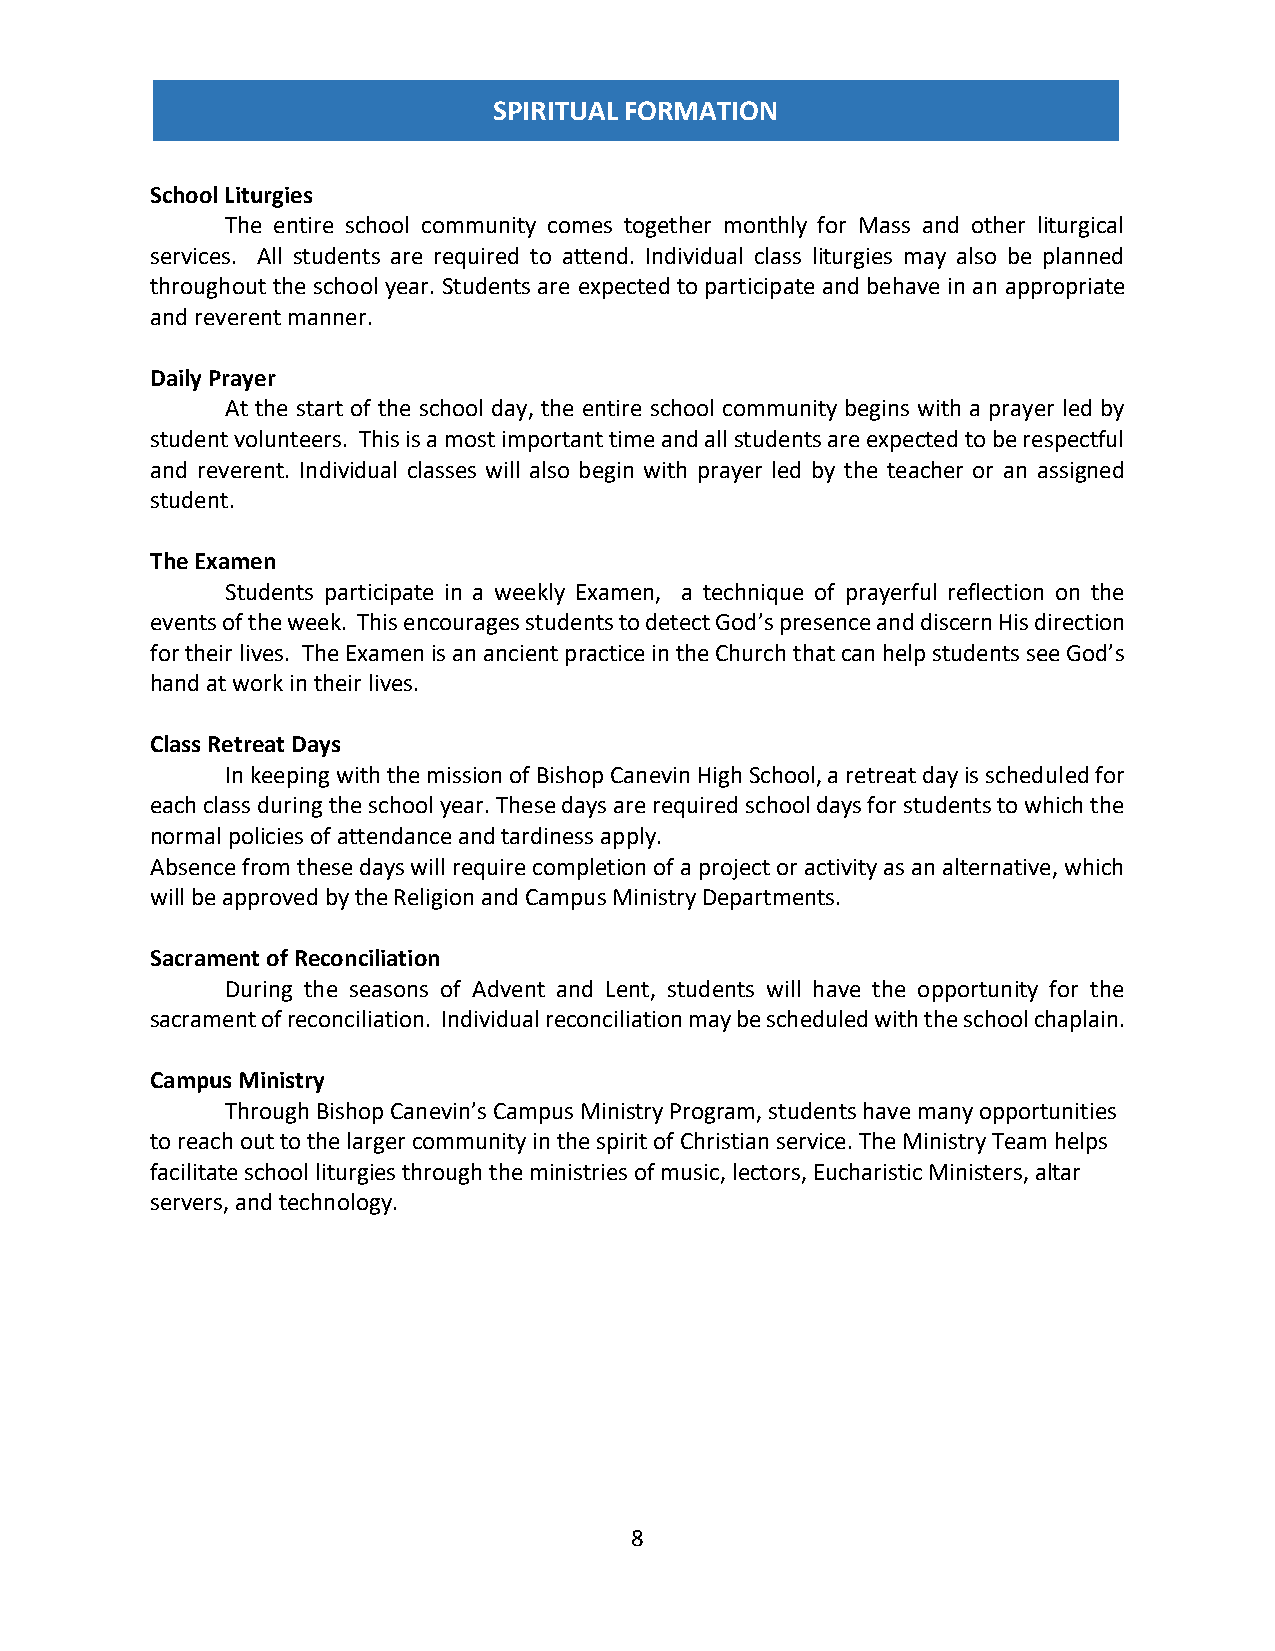
SPIRITUAL FORMATION
 School Liturgies
 The entire school community comes together monthly for Mass and other liturgical
 services. All students are required to attend. Individual class liturgies may also be planned
 throughout the school year. Students are expected to participate and behave in an appropriate
 and reverent manner.
 Daily Prayer
 At the start of the school day, the entire school community begins with a prayer led by
 student volunteers. This is a most important time and all students are expected to be respectful
 and reverent. Individual classes will also begin with prayer led by the teacher or an assigned
 student.
 The Examen
 Students participate in a weekly Examen, a technique of prayerful reflection on the
 events of the week. This encourages students to detect God’s presence and discern His direction
 for their lives. The Examen is an ancient practice in the Church that can help students see God’s
 hand at work in their lives.
 Class Retreat Days
 In keeping with the mission of Bishop Canevin High School, a retreat day is scheduled for
 each class during the school year. These days are required school days for students to which the
 normal policies of attendance and tardiness apply.
 Absence from these days will require completion of a project or activity as an alternative, which
 will be approved by the Religion and Campus Ministry Departments.
 Sacrament of Reconciliation
 During the seasons of Advent and Lent, students will have the opportunity for the
 sacrament of reconciliation. Individual reconciliation may be scheduled with the school chaplain.
 Campus Ministry
 Through Bishop Canevin’s Campus Ministry Program, students have many opportunities
 to reach out to the larger community in the spirit of Christian service. The Ministry Team helps
 facilitate school liturgies through the ministries of music, lectors, Eucharistic Ministers, altar
 servers, and technology.
 8